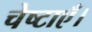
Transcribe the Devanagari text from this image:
चेष्टाएँ।